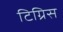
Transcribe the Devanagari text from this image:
टिग्रिस